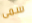
سمى